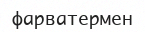
фарватермен